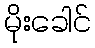
မိုးခေါင်